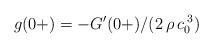
LaTeX: \begin{align*} g(0+) = -G^\prime(0+)/(2\, \rho\, c_0^{\;3})\end{align*}